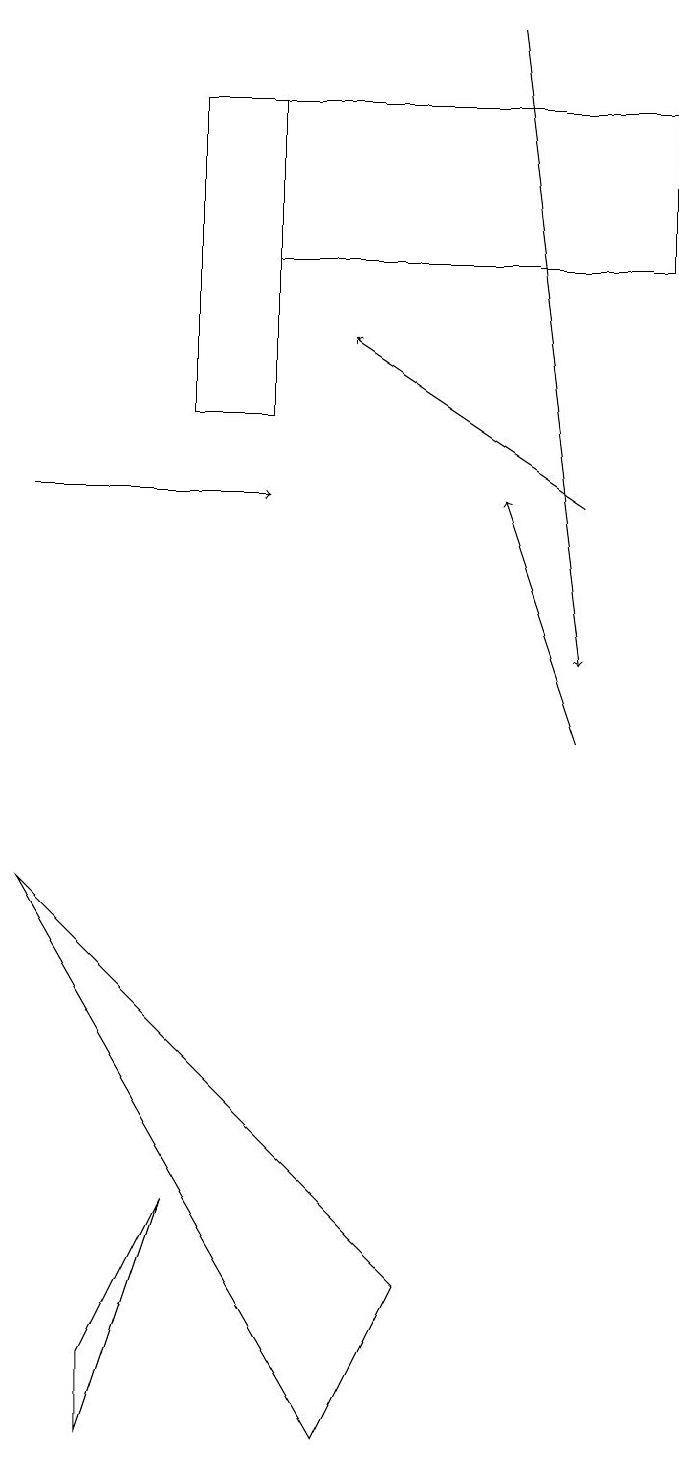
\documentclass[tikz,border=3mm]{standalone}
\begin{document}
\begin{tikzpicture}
\draw[->] (8,13) -- (5,15);
\draw[->] (7,19) -- (8,11);
\draw (3,4) -- (2,1) -- (2,2) -- cycle;
\draw[->] (8,10) -- (7,13);
\draw[->] (1,13) -- (4,13);
\draw (4,14) rectangle (3,18);
\draw (6,3) -- (1,8) -- (5,1) -- cycle;
\draw (4,16) rectangle (9,18);
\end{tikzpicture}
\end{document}